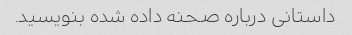
داستانی درباره صحنه داده شده بنویسید.